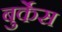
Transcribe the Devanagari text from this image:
बुर्केस